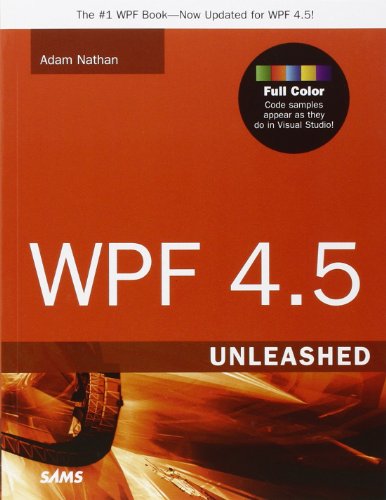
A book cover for WPF 4.5 Unleashed; Adam Nathan; Computers & Technology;